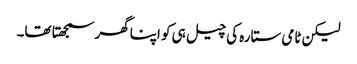
لیکن ٹامی ستارہ کی چیل ہی کو اپنا گھر سمجھتا تھا۔